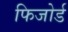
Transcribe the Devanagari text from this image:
फिजोर्ड